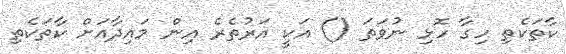
ކާތަކެތި ހިގާ ހޮޅި ނުވަތަ () އަކީ އަރުތެރެ އިން މައިދާއަށް ކާތަކެތި